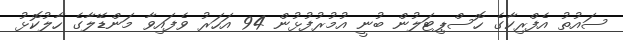
ސައުތު އެފްރިކާގެ ހޮސްޕިޓަލުން ބުނީ އުމުރުފުޅުން 94 އަހަރު ވެފައިވާ މަންޑޭލާގެ ހާލުކޮޅު